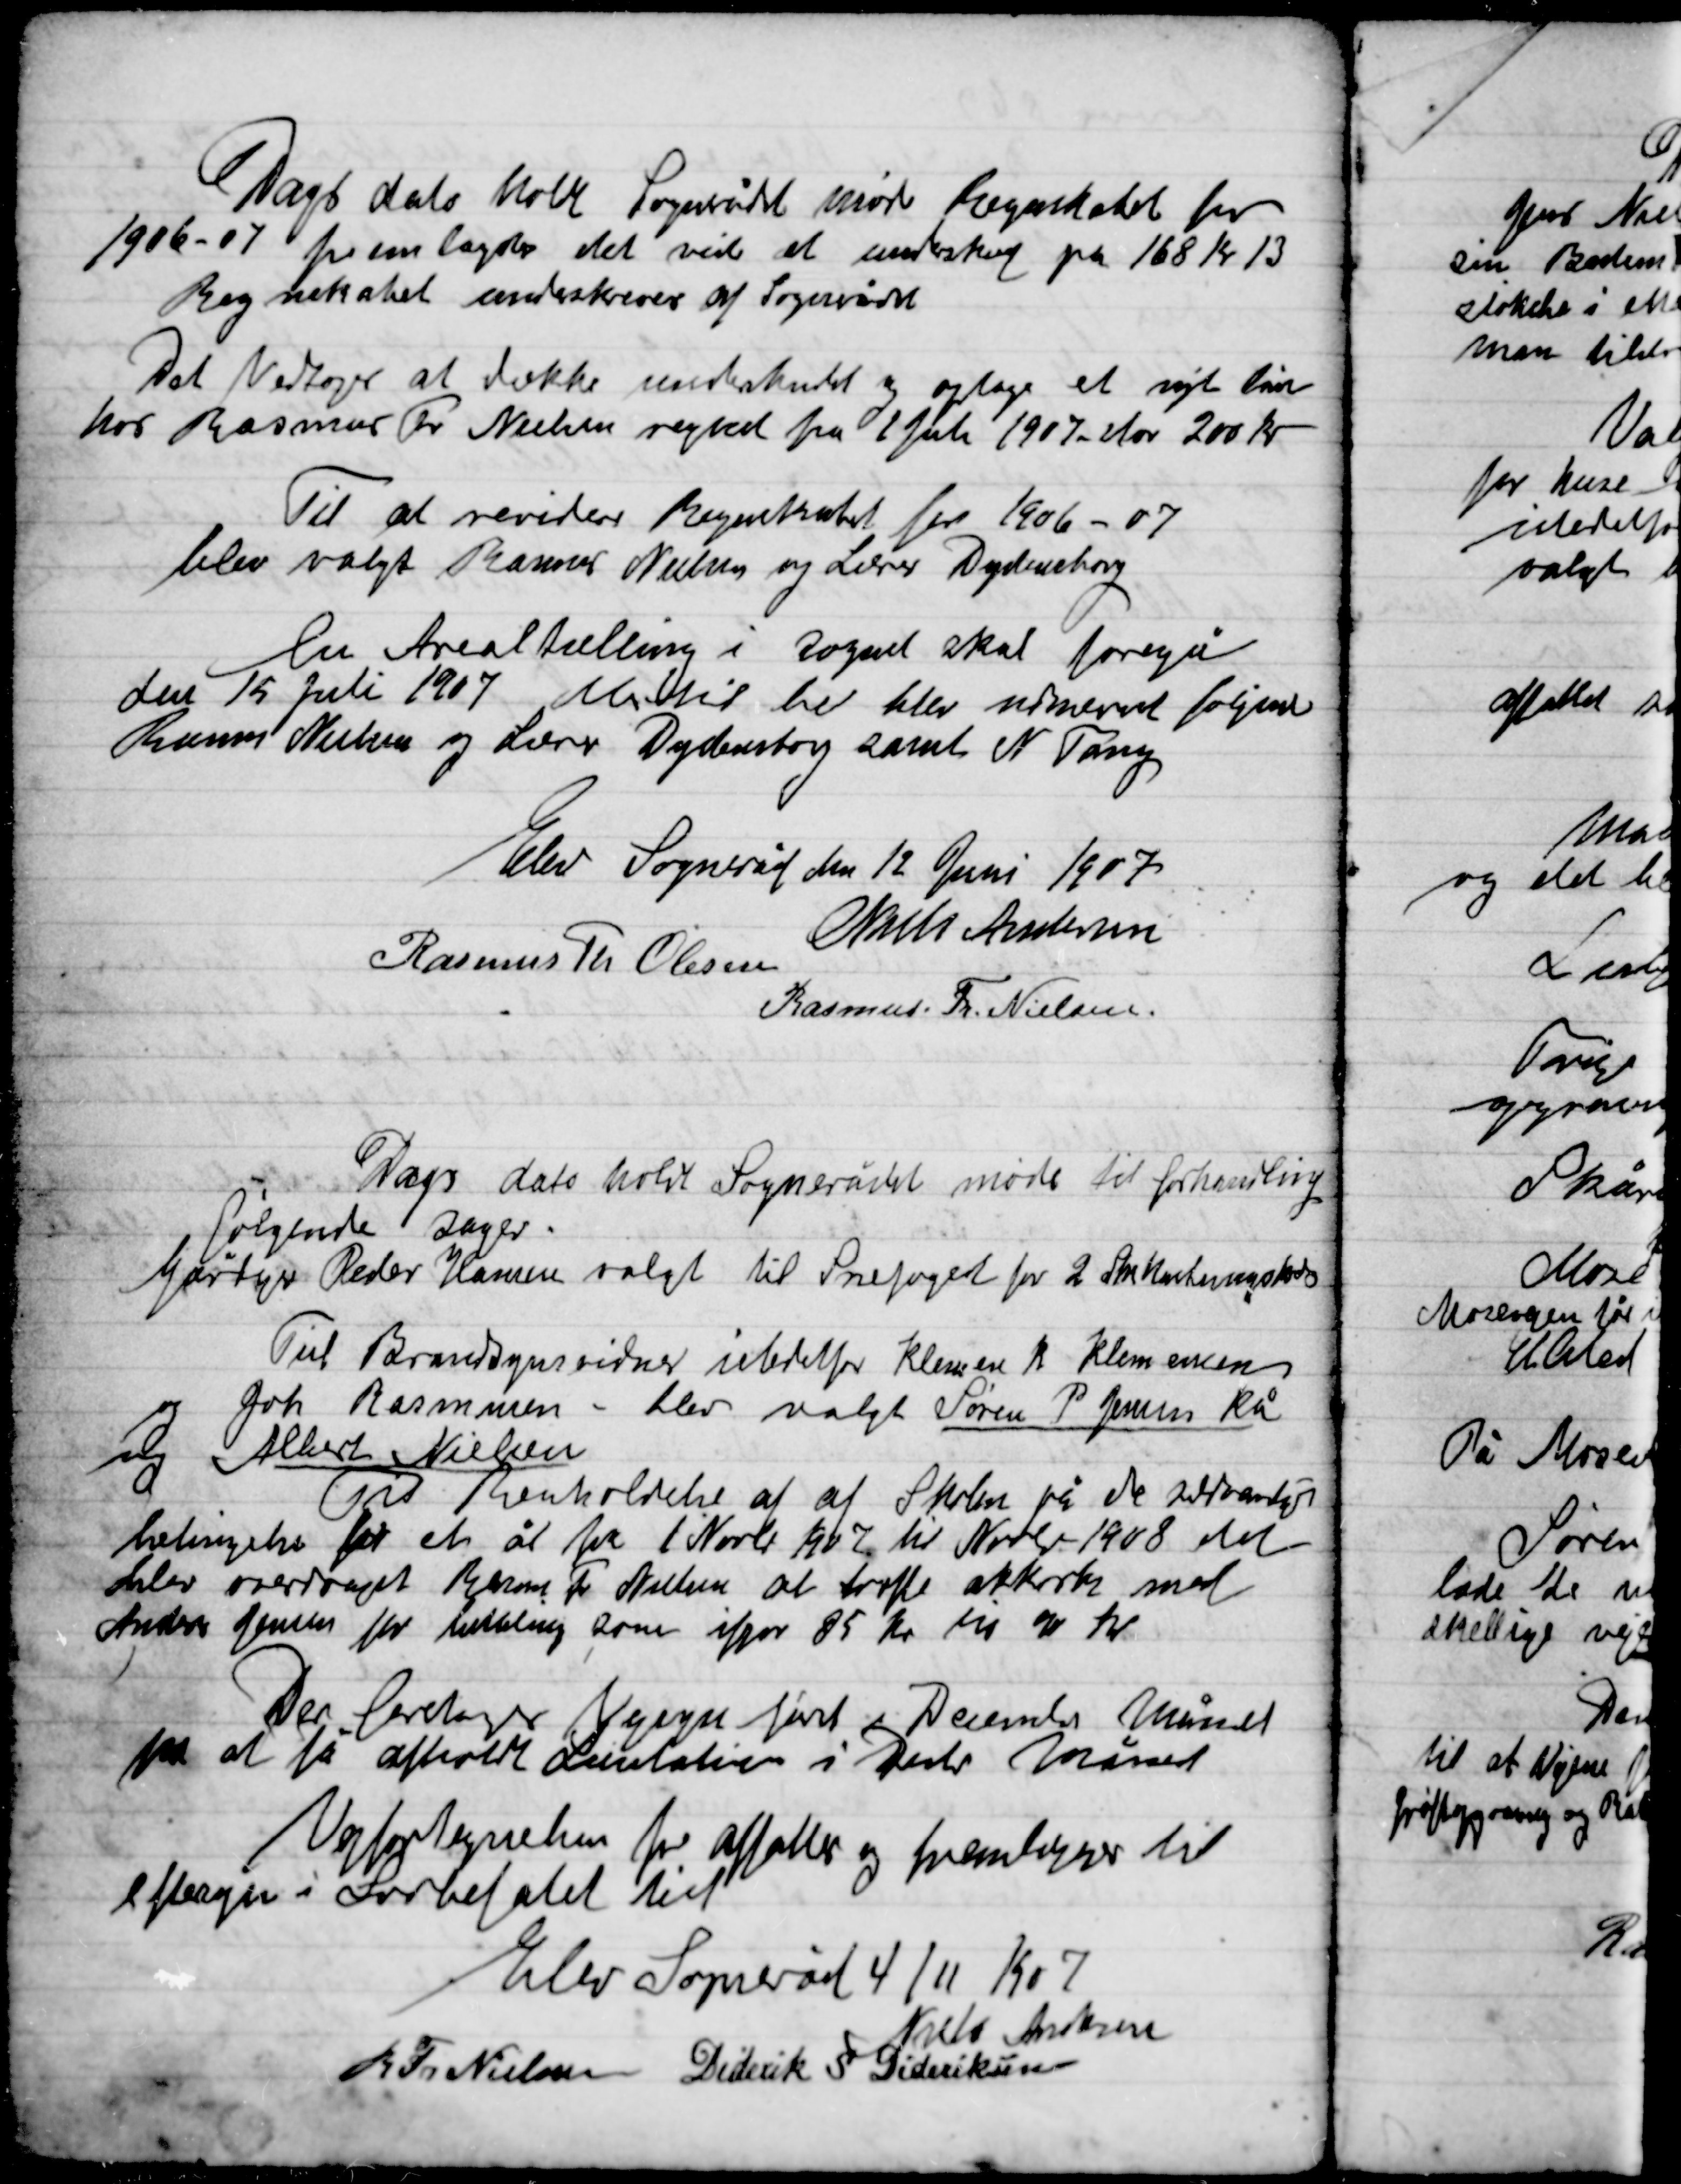
Transskription:
Dags dato holdt Sognerådet møde Regentskabet for
1906-07 fremlagde det ved et underskud på 169 kr. 13
Regnskabet underskrevet af Sognerådet
Det vedtoges at dække underskuddet og optage et nyt lån
hos Rasmus Fr. Nielsen regned fra 1 feb. 1907 stor 200 Kr.
Til at revidere Regnskabet for 1906-07
blev valgt Rasmus Nielsen og Lærer Dydensborg
En Arealtælling i Sognet skal foregå
den 15 Juli 1907  her blev udnævnt følgende
Rasmus Nielsen og Lærer Dydensborg samt N. Tang

Elev Sogneråd den 12 Juni 1907

Niels Andersen
Rasmus Th. Olsen
Rasmus Fr. Nielsen

Dags dato holdt Sognerådet møde til forhandling
følgende sager.
Gårdejer Peder Hansen valgt til Snefoged for 2 Snekastningskreds

Til Brandsynsvidner istedet for Klemme K. Klemmensen
og Joh. Rasmussen blev valgt Søren P. Jensen Rå
og Albert Nielsen

Til Renholdelse af af Skolen på de
betingelse for et år fra 1 Nov. 1907 til Nov. 1908 det
blev overdraget Rasmus Fr. Nielsen at træffe akkord med
Anders Jensen for betaling som udgør 85 Kr. til 90 Kr.

Der foretoges Vejsyn først i December Måned
for at få afholdt Licitation i Decbr. Måned

Vejfortegnelsen for affatter og fremlæggelse til
eftersyn i Forbefalet tid.

Elev Sogneråd 4 /11 190

Niels Andersen
R. Fr. Nielsen
Diderik S. Dideriksen